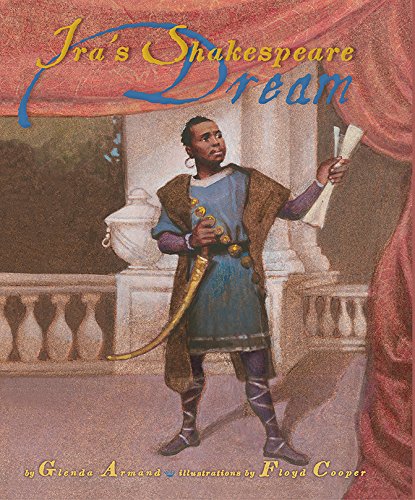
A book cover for Ira's Shakespeare Dream; Glenda Armand; Children's Books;